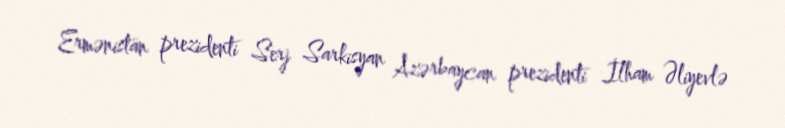
Ermənistan prezidenti Serj Sarkisyan Azərbaycan prezidenti İlham Əliyevlə